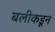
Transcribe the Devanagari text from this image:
बलीकडून